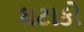
ઘટાકો